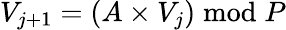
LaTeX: V_{j+1}=\left(A\times V_{j}\right){\bmod{P}}